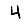
Digit: 4